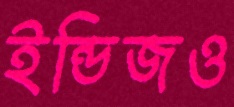
ইন্ডিজও